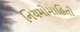
નિયમોમાહિતી